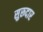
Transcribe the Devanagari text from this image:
सुरूदार